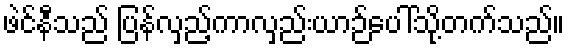
ဖဲင်နီသည် ပြန်လှည့်ကာလှည်းယာဉ်ပေါ်သို့တက်သည်။